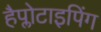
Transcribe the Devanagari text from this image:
हैप्लोटाइपिंग